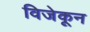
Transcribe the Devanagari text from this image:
विजेकून